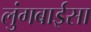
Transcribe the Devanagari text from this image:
लुंगबाईसा